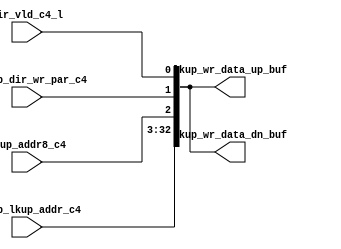
module sctag_dirg_buf(
   lkup_wr_data_up_buf, lkup_wr_data_dn_buf, 
   dirrep_dir_wr_par_c4, dir_vld_c4_l, lkup_addr8_c4, 
   tagdp_lkup_addr_c4
   );
input		dirrep_dir_wr_par_c4; 
input		dir_vld_c4_l; 
input		lkup_addr8_c4; 
input	[39:10]	tagdp_lkup_addr_c4; 
output	[32:0]	lkup_wr_data_up_buf;	
output	[32:0]	lkup_wr_data_dn_buf;    
assign	lkup_wr_data_up_buf = { tagdp_lkup_addr_c4, lkup_addr8_c4, dirrep_dir_wr_par_c4, dir_vld_c4_l };
assign	lkup_wr_data_dn_buf = { tagdp_lkup_addr_c4 , lkup_addr8_c4, dirrep_dir_wr_par_c4, dir_vld_c4_l }; 
endmodule